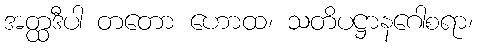
အတ္ထဒီပါ တတော ဟောထ၊ သတိပဋ္ဌာနဂေါစရာ၊